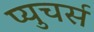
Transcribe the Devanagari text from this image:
प्युचर्स